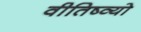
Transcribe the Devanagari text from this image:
वीतिष्व्यो